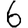
Digit: 6